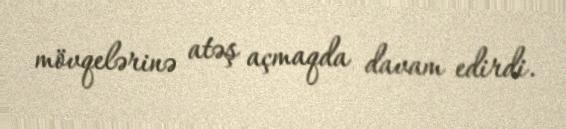
mövqelərinə atəş açmaqda davam edirdi.